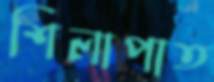
শিলাপাত